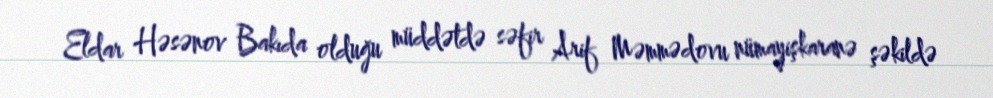
Eldar Həsənov Bakıda olduğu müddətdə səfir Arif Məmmədovu nümayişkaranə şəkildə